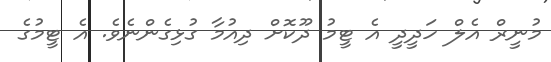
މުނީރް އެލް ހަދީދީ އެ ޓީމު ދޫކޮށް ދިއުމާ ގުޅިގެންނެވެ. އެ ޓީމުގެ